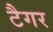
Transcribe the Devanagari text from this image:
टैगर